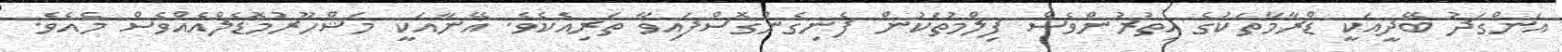
އަންގަދު ބޭދީއަކީ ޑްރާމާތަކުގެ އިތުރުންވެސް ފިލްމުތަކުން ފެނިގެންގޮސްފައިވާ ތަރިއެކެވެ. އޭނާއަކީ މަޝްހޫރުމޮޑެލްއެއްވެސް މެއެވެ.